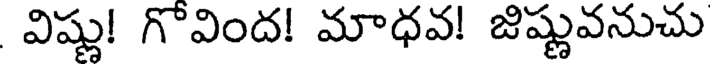
విష్ణు! గొవింద! మాధవ! జిష్ణువనుచు